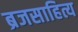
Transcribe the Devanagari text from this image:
ब्रजसाहित्य